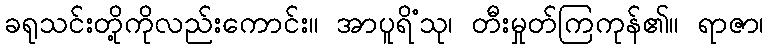
ခရုသင်းတို့ကိုလည်းကောင်း။ အာပူရိံသု၊ တီးမှုတ်ကြကုန်၏။ ရာဇာ၊